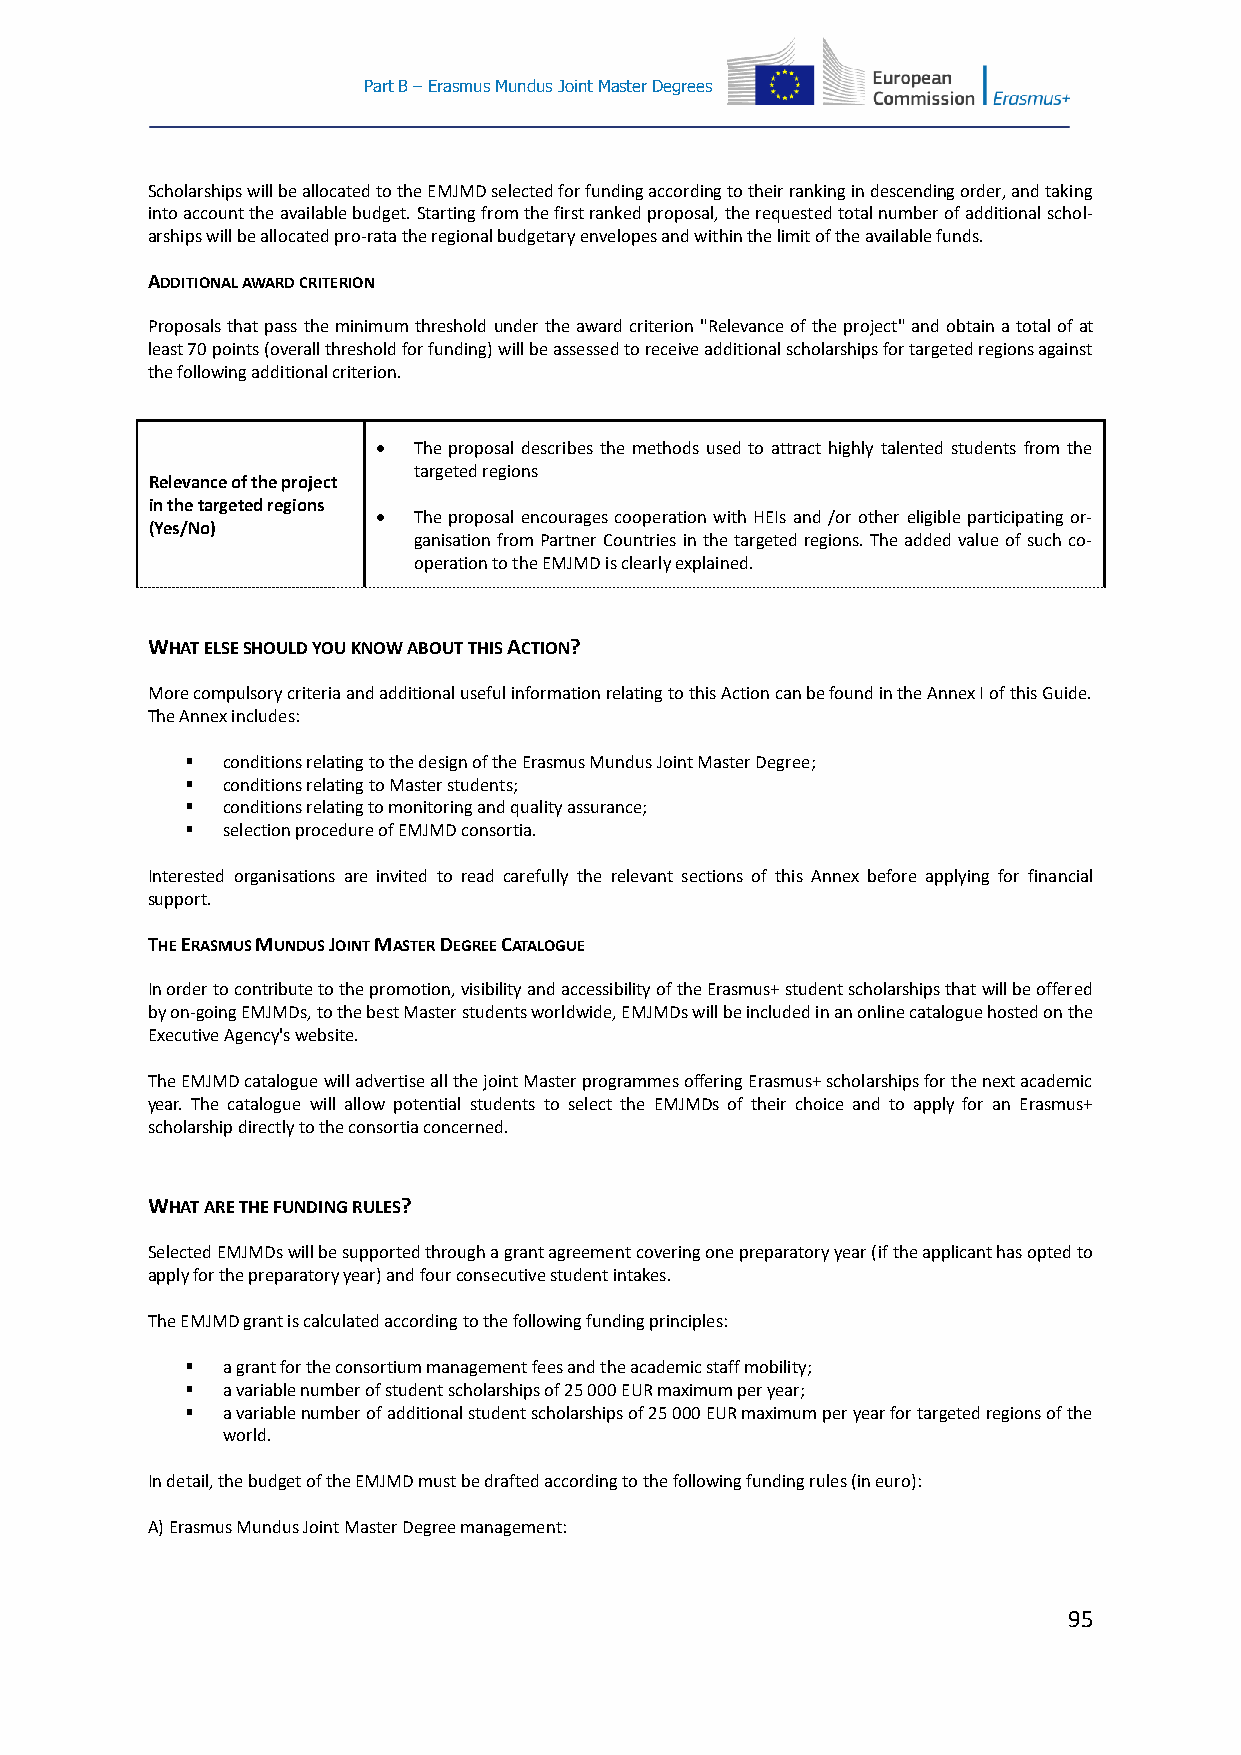
Part B – Erasmus Mundus Joint Master Degrees
 Scholarships will be allocated to the EMJMD selected for funding according to their ranking in descending order, and taking
 into account the available budget. Starting from the first ranked proposal, the requested total number of additional schol-
 arships will be allocated pro-rata the regional budgetary envelopes and within the limit of the available funds.
 ADDITIONAL AWARD CRITERION
 Proposals that pass the minimum threshold under the award criterion "Relevance of the project" and obtain a total of at
 least 70 points (overall threshold for funding) will be assessed to receive additional scholarships for targeted regions against
 the following additional criterion.
  The proposal describes the methods used to attract highly talented students from the
 targeted regions
 Relevance of the project
 in the targeted regions
  The proposal encourages cooperation with HEIs and /or other eligible participating or-
 (Yes/No)
 ganisation from Partner Countries in the targeted regions. The added value of such co-
 operation to the EMJMD is clearly explained.
 WHAT ELSE SHOULD YOU KNOW ABOUT THIS ACTION?
 More compulsory criteria and additional useful information relating to this Action can be found in the Annex I of this Guide.
 The Annex includes:
   conditions relating to the design of the Erasmus Mundus Joint Master Degree;
   conditions relating to Master students;
   conditions relating to monitoring and quality assurance;
   selection procedure of EMJMD consortia.
 Interested organisations are invited to read carefully the relevant sections of this Annex before applying for financial
 support.
 THE ERASMUS MUNDUS JOINT MASTER DEGREE CATALOGUE
 In order to contribute to the promotion, visibility and accessibility of the Erasmus+ student scholarships that will be offered
 by on-going EMJMDs, to the best Master students worldwide, EMJMDs will be included in an online catalogue hosted on the
 Executive Agency's website.
 The EMJMD catalogue will advertise all the joint Master programmes offering Erasmus+ scholarships for the next academic
 year. The catalogue will allow potential students to select the EMJMDs of their choice and to apply for an Erasmus+
 scholarship directly to the consortia concerned.
 WHAT ARE THE FUNDING RULES?
 Selected EMJMDs will be supported through a grant agreement covering one preparatory year (if the applicant has opted to
 apply for the preparatory year) and four consecutive student intakes.
 The EMJMD grant is calculated according to the following funding principles:
   a grant for the consortium management fees and the academic staff mobility;
   a variable number of student scholarships of 25 000 EUR maximum per year;
   a variable number of additional student scholarships of 25 000 EUR maximum per year for targeted regions of the
 world.
 In detail, the budget of the EMJMD must be drafted according to the following funding rules (in euro):
 A) Erasmus Mundus Joint Master Degree management:
 95